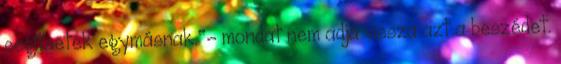
segítsetek egymásnak."- mondat nem adja vissza azt a beszédet.